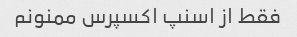
فقط از اسنپ اکسپرس ممنونم